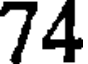
74